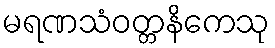
မရဏသံဝတ္တနိကေသု